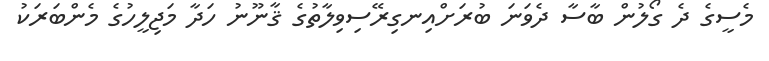
މެސީގެ ދެ ގޯލުން ބާސާ ދެވަނަ ބުރަށްއިނގިރޭސިވިލާތުގެ ޤާނޫނު ހަދާ މަޖިލީހުގެ މެންބަރަކު